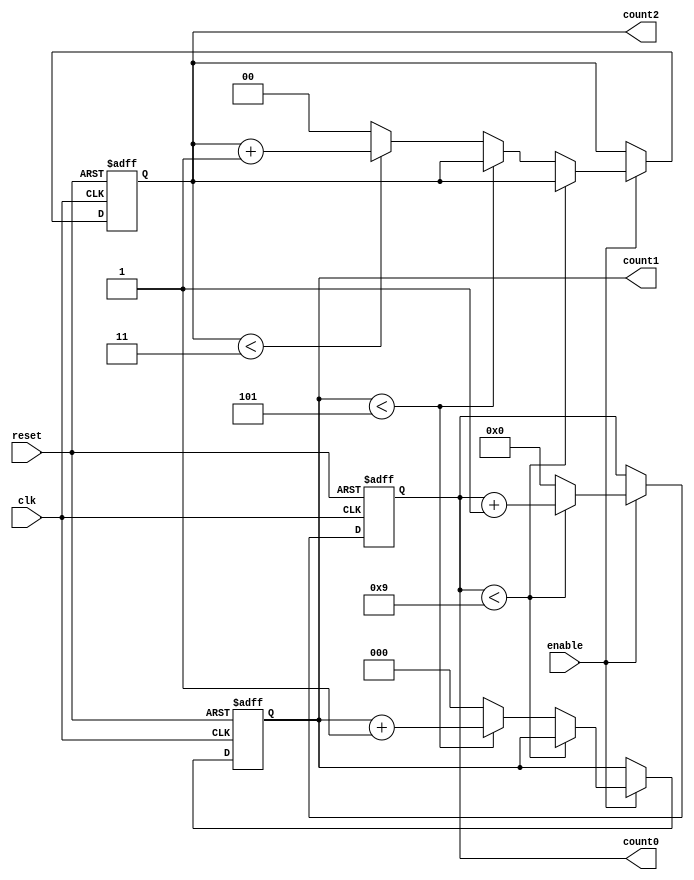
module mixed_radix_counter #(
    parameter RADIX_0 = 10, // Radix for Digit 0
    parameter RADIX_1 = 6,  // Radix for Digit 1
    parameter RADIX_2 = 4   // Radix for Digit 2
)(
    input wire clk,         // Clock signal
    input wire reset,       // Reset signal
    input wire enable,      // Enable signal
    output reg [3:0] count0, // Output for Digit 0
    output reg [2:0] count1, // Output for Digit 1
    output reg [1:0] count2  // Output for Digit 2
);
    // Define a combinational logic for counting
    always @(posedge clk or posedge reset) begin
        if (reset) begin
            // Reset all counters to zero
            count0 <= 0;
            count1 <= 0;
            count2 <= 0;
        end else if (enable) begin
            // Counting mechanism
            if (count0 < RADIX_0 - 1) begin
                count0 <= count0 + 1;
            end else begin
                count0 <= 0;
                if (count1 < RADIX_1 - 1) begin
                    count1 <= count1 + 1;
                end else begin
                    count1 <= 0;
                    if (count2 < RADIX_2 - 1) begin
                        count2 <= count2 + 1;
                    end else begin
                        count2 <= 0; // Reset the most significant digit if overflow
                    end
                end
            end
        end
    end
endmodule